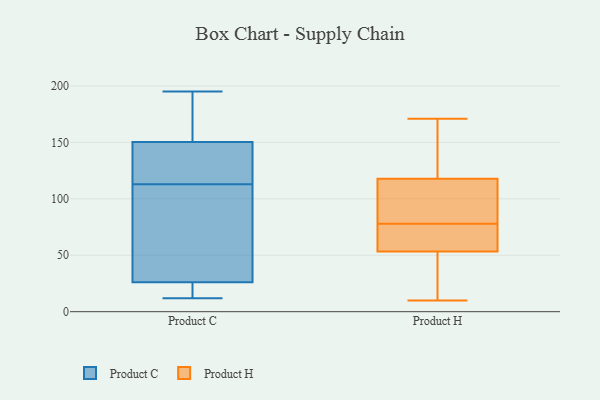
{"axis": {"x": "Temperature (°C)", "y": "Value"}, "legend": ["Product C", "Product H"], "data": [{"x": "", "y": 192, "type": "Product C"}, {"x": "", "y": 33, "type": "Product C"}, {"x": "", "y": 144, "type": "Product C"}, {"x": "", "y": 195, "type": "Product C"}, {"x": "", "y": 17, "type": "Product C"}, {"x": "", "y": 20, "type": "Product C"}, {"x": "", "y": 12, "type": "Product C"}, {"x": "", "y": 110, "type": "Product C"}, {"x": "", "y": 169, "type": "Product C"}, {"x": "", "y": 119, "type": "Product C"}, {"x": "", "y": 82, "type": "Product C"}, {"x": "", "y": 117, "type": "Product C"}, {"x": "", "y": 140, "type": "Product C"}, {"x": "", "y": 28, "type": "Product C"}, {"x": "", "y": 13, "type": "Product C"}, {"x": "", "y": 113, "type": "Product C"}, {"x": "", "y": 191, "type": "Product C"}, {"x": "", "y": 171, "type": "Product H"}, {"x": "", "y": 54, "type": "Product H"}, {"x": "", "y": 106, "type": "Product H"}, {"x": "", "y": 14, "type": "Product H"}, {"x": "", "y": 105, "type": "Product H"}, {"x": "", "y": 132, "type": "Product H"}, {"x": "", "y": 78, "type": "Product H"}, {"x": "", "y": 111, "type": "Product H"}, {"x": "", "y": 10, "type": "Product H"}, {"x": "", "y": 73, "type": "Product H"}, {"x": "", "y": 120, "type": "Product H"}, {"x": "", "y": 21, "type": "Product H"}, {"x": "", "y": 73, "type": "Product H"}, {"x": "", "y": 164, "type": "Product H"}, {"x": "", "y": 53, "type": "Product H"}]}